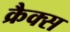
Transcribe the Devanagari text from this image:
क्रैक्स